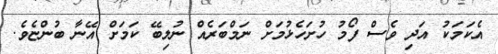
އެކަމަކު އަދި ވެސް ފޯމު ހުށަހެޅުމަށް ނަމްބަރެއް ނުލިބޭ ކަމަށް އޭނާ ބުންޏެވެ.